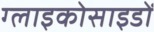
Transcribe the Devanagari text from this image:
ग्लाइकोसाइडों